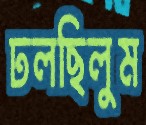
ঢলছিলুম